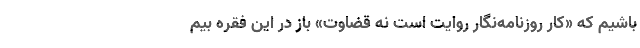
باشیم که «کار روزنامه‌نگار روایت است نه قضاوت» باز در این فقره بیم